Loodushoiu_ja_Turismi_Instituut, lk 107
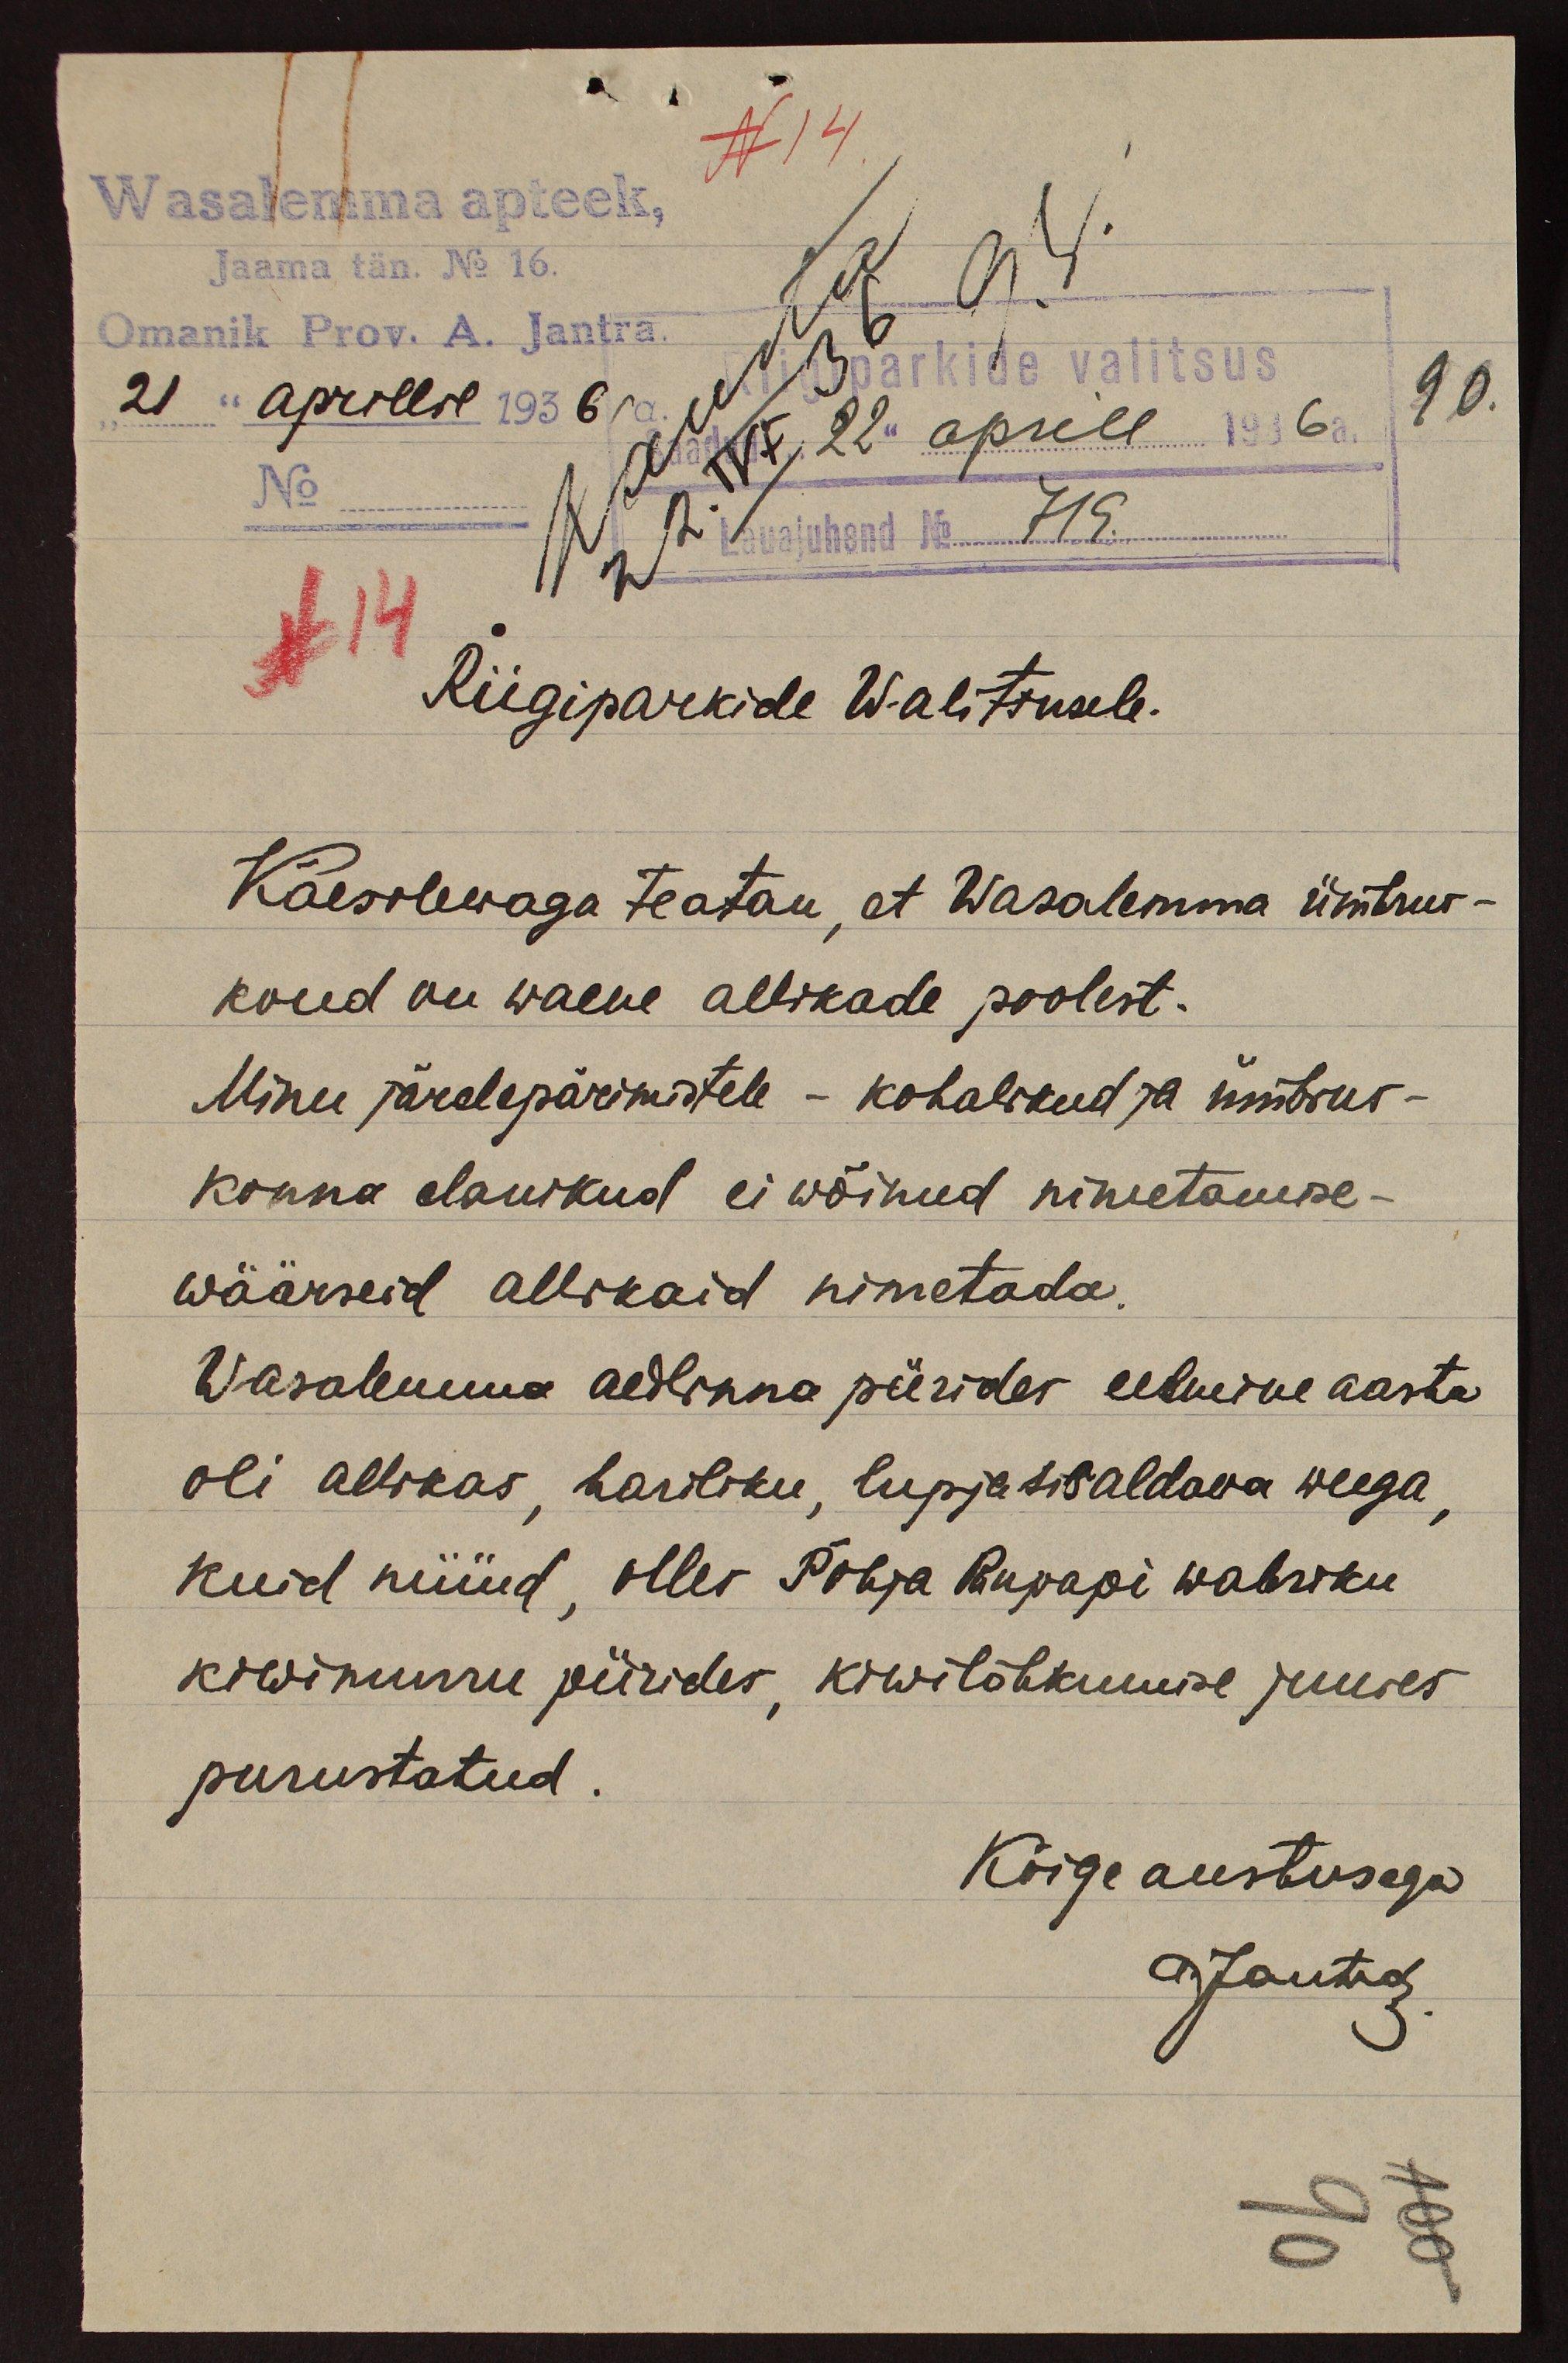
N 14.
Wasalemma apteek,
Jaama tän. No 16.
Omanik Prov. A. Jantra.
21 aprillil 1936
22 aprill 1936 a.
Riigiparkide valitsus
90.
No
Lauajuhend No 719
N 14
Riigiparkide Walitsusele.
Käesolewaga teatan, et Wasalemma ümbrus-
kond on waene allikade poolest.
Minu järelepärimistele - kohalikud ja ümbrus-
konna elanikud ei wõinud nimetamise-
wäärseid allikaid nimetada.
Wasalemma aedinna piirides eelmine aasta
oli allikas, hariliku, lupjasisaldava weega,
kuid nüüd, olles Põhja Puupapi wabriku
kiwiimurru piirides, kiwilõhkumise juures
purustatud.
Kõige austusega

Jantra